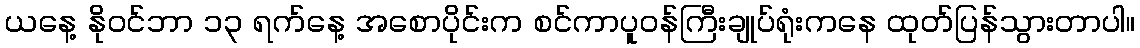
ယနေ့ နိုဝင်ဘာ ၁၃ ရက်နေ့ အစောပိုင်းက စင်ကာပူဝန်ကြီးချုပ်ရုံးကနေ ထုတ်ပြန်သွားတာပါ။